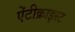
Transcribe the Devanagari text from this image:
ऐंटीक्राइस्ट